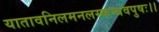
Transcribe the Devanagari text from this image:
यातावनिलमनलस्कन्धवपुषः।।